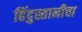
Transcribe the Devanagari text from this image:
हिंदुस्तानीचा